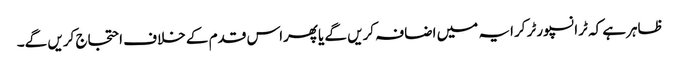
ظاہرہے کہ ٹرانسپورٹر کرایہ میں اضافہ کریں گے یاپھراس قدم کے خلاف احتجاج کریں گے۔